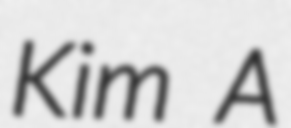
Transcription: Kim A